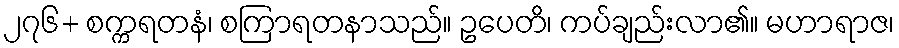
၂၇၆+ စက္ကရတနံ၊ စကြာရတနာသည်။ ဥပေတိ၊ ကပ်ချည်းလာ၏။ မဟာရာဇ၊